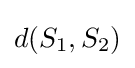
d(S_{1},S_{2})